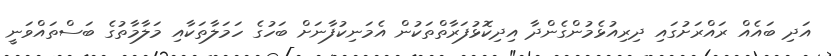
އަދި ބައެއް ރައްރަށުގައި ދިރިއުޅެމުންގެންދާ އިދިކޮޅުފަރާތްތަކުން އެމަނިކުފާނަށް ބަހުގެ ހަމަލާތަކާއި މަލާމާތުގެ ބަސްތައްވަނީ